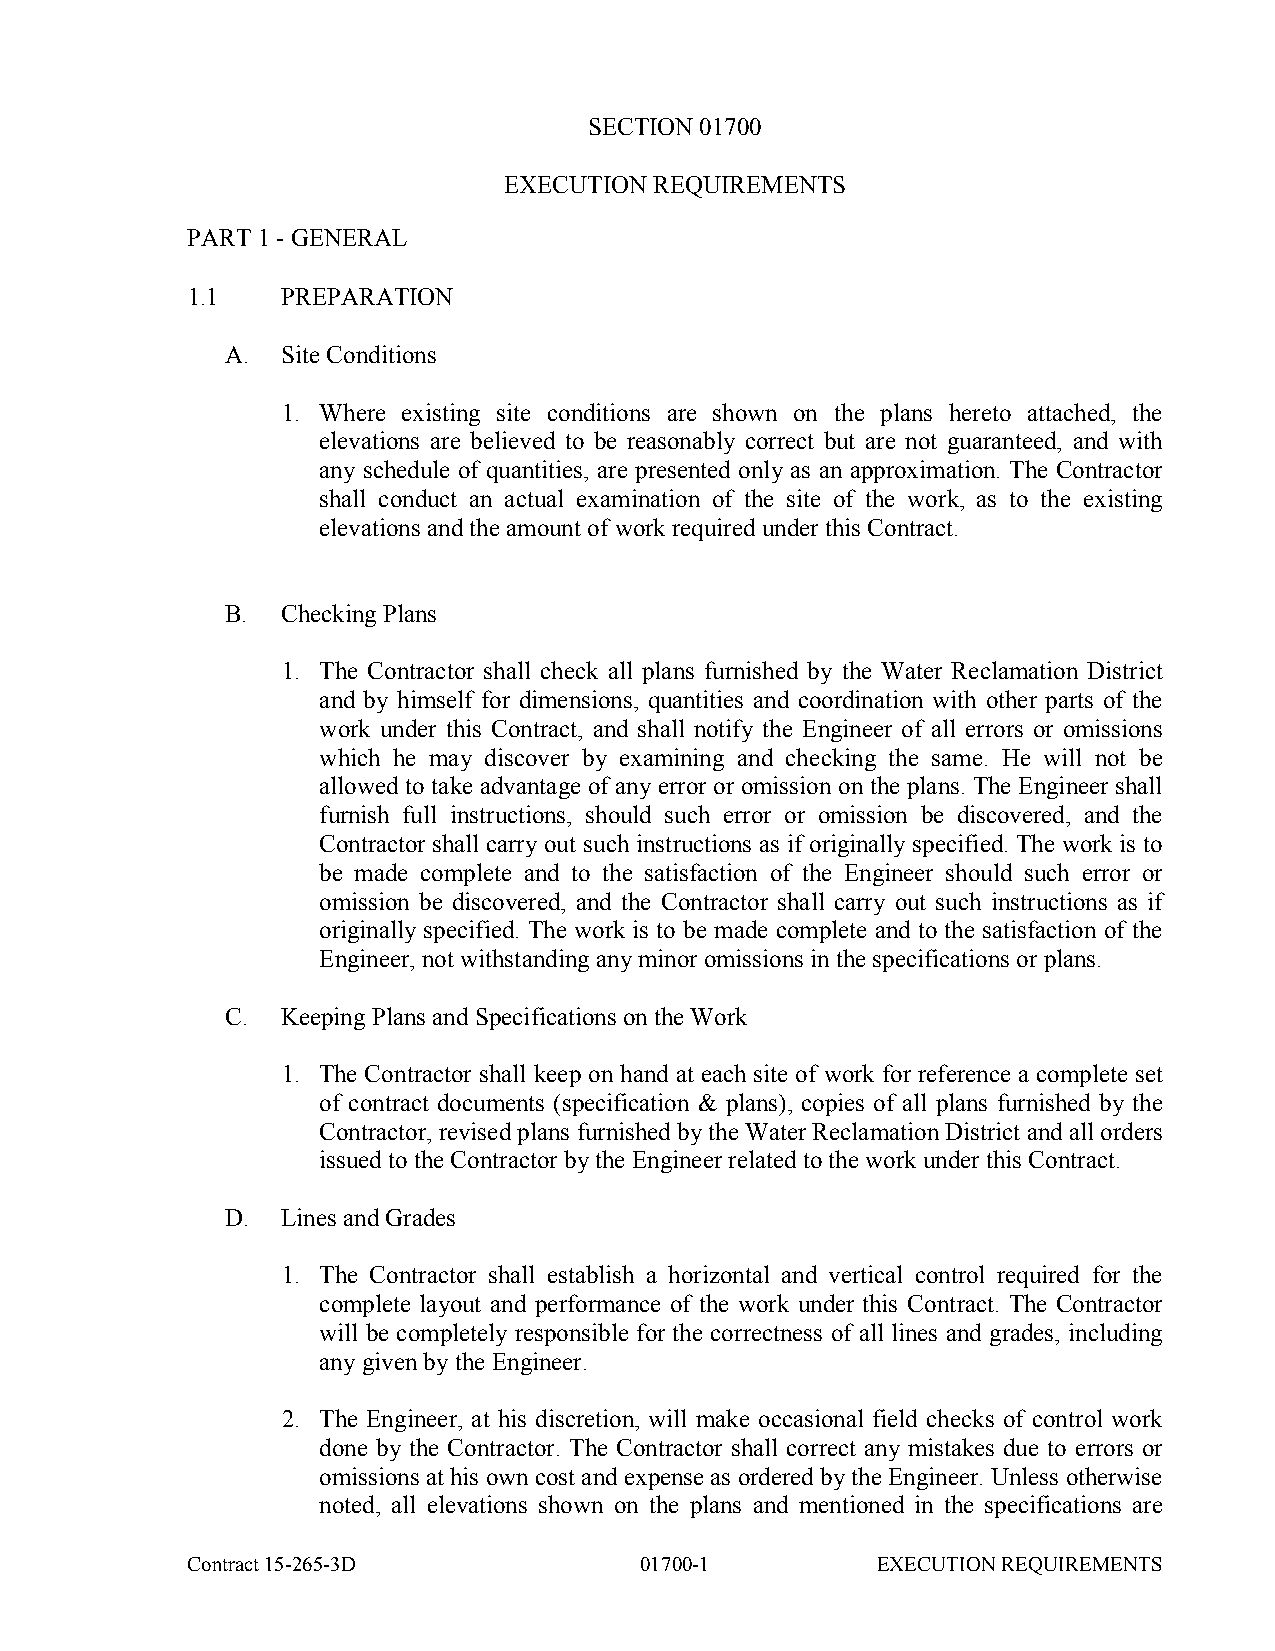
SECTION 01700
 EXECUTION REQUIREMENTS
 PART 1 - GENERAL
 1.1    PREPARATION
 A.  Site Conditions
 1. Where existing site conditions are shown on the plans hereto attached, the
 elevations are believed to be reasonably correct but are not guaranteed, and with
 any schedule of quantities, are presented only as an approximation. The Contractor
 shall conduct an actual examination of the site of the work, as to the existing
 elevations and the amount of work required under this Contract.
 B.  Checking Plans
 1. The Contractor shall check all plans furnished by the Water Reclamation District
 and by himself for dimensions, quantities and coordination with other parts of the
 work under this Contract, and shall notify the Engineer of all errors or omissions
 which he may discover by examining and checking the same. He will not be
 allowed to take advantage of any error or omission on the plans. The Engineer shall
 furnish full instructions, should such error or omission be discovered, and the
 Contractor shall carry out such instructions as if originally specified. The work is to
 be made complete and to the satisfaction of the Engineer should such error or
 omission be discovered, and the Contractor shall carry out such instructions as if
 originally specified. The work is to be made complete and to the satisfaction of the
 Engineer, not withstanding any minor omissions in the specifications or plans.
 C.  Keeping Plans and Specifications on the Work
 1. The Contractor shall keep on hand at each site of work for reference a complete set
 of contract documents (specification & plans), copies of all plans furnished by the
 Contractor, revised plans furnished by the Water Reclamation District and all orders
 issued to the Contractor by the Engineer related to the work under this Contract.
 D.  Lines and Grades
 1. The Contractor shall establish a horizontal and vertical control required for the
 complete layout and performance of the work under this Contract. The Contractor
 will be completely responsible for the correctness of all lines and grades, including
 any given by the Engineer.
 2. The Engineer, at his discretion, will make occasional field checks of control work
 done by the Contractor. The Contractor shall correct any mistakes due to errors or
 omissions at his own cost and expense as ordered by the Engineer. Unless otherwise
 noted, all elevations shown on the plans and mentioned in the specifications are
 Contract 15-265-3D            01700-1         EXECUTION REQUIREMENTS